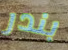
بندر